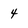
Character: 4